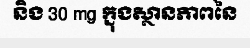
និង 30 mg ក្នុងស្ថានភាពនៃ